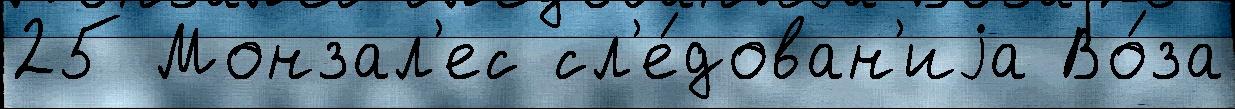
25 Монзал'ес сл'е́дован'иjа Во́за